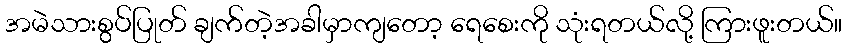
အမဲသားစွပ်ပြုတ် ချက်တဲ့အခါမှာကျတော့ ရေစေးကို သုံးရတယ်လို့ ကြားဖူးတယ်။